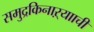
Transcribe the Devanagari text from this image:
समुद्रकिनाऱ्यााची